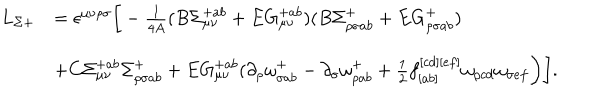
LaTeX: \begin{array} { l l } { { L _ { \Sigma + } } } & { { = \epsilon ^ { \mu \nu \rho \sigma } \bigg [ - \frac { 1 } { 4 A } ( B \Sigma _ { \mu \nu } ^ { + a b } + E G _ { \mu \nu } ^ { + a b } ) ( B \Sigma _ { \rho \sigma a b } ^ { + } + E G _ { \rho \sigma a b } ^ { + } ) } } \\ { { } } & { { + C \Sigma _ { \mu \nu } ^ { + a b } \Sigma _ { \rho \sigma a b } ^ { + } + E G _ { \mu \nu } ^ { + a b } ( \partial _ { \rho } \omega _ { \sigma a b } ^ { + } - \partial _ { \sigma } \omega _ { \rho a b } ^ { + } + { \frac { 1 } { 2 } } f _ { [ a b ] } ^ { [ c d ] [ e f ] } \omega _ { \rho c d } \omega _ { \sigma e f } \bigg ) \bigg ] . } } \\ \end{array}